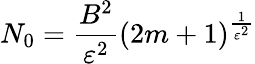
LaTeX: N_{0}=\frac{B^{2}}{\varepsilon^{2}}(2m+1)^{\frac{1}{\varepsilon^{2}}}